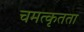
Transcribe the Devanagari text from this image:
चमत्कृतता